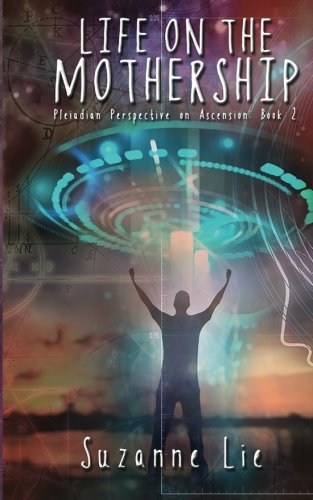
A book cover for Life on the Mothership - Pleiadian Perspective on Ascension Book 2; Suzanne Lie; Romance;